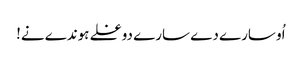
اُو سارے دے سارے دوغلے ہوندے نے!